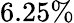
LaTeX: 6.25\%